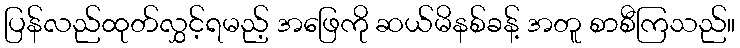
ပြန်လည်ထုတ်လွှင့်ရမည့် အဖြေကို ဆယ်မိနစ်ခန့် အတူ စာစီကြသည်။